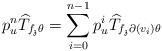
LaTeX: \begin{align*}\displaystyle p_u^n\widehat{T}_{f_{\mathfrak{z}}\theta}=\sum_{i=0}^{n-1} p_u^i\widehat{T}_{f_{\mathfrak{z}}\partial(v_i)\theta}\end{align*}